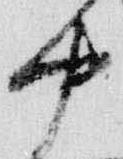
中